Annual statistical returns and brief notes on vaccination in Bengal - 1887-1898
Year: 1887
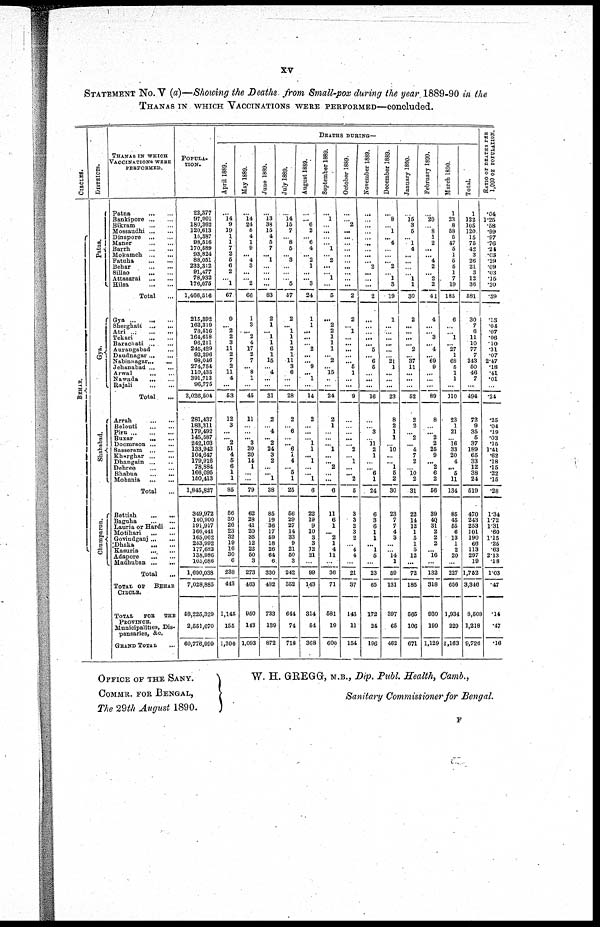
xv
STATEMENT No. V (a)—Showing the Deaths from Small-pox during the year 1889-90 in the
THANAS IN WHICH VACCINATIONS WERE PERFORMED—concluded.
CIRCLES.
BEHAR.
DISTRICTS.
Patna.
Gya.
Sha ha ba d.
Chumparun.
THANAS IN WHICH
VACCINATIONS WERE
PERFORMED.
Patna
...
...
Bankipore...
...
Bikram...
...
Mossaudhi...
...
Dinapore... ...
Maner...
...
Barrh... ...
Mokameh...
...
Fatuha...
...
Behar...
...
Sillao
...
...
Attasarai...
...
Hilsa...
...
Total ... ...
Gya...
...
Sherghati...
...
Atri...
...
...
Tekari...
...
Barachati...
...
Aurangabad... ...
Daudnagar...
...
Nabinnagar...
...
Jehanabad... ...
Arwal... ...
Nawada... ...
Rajali
...
...
Total...
Arrah...
...
Belouti...
...
Piru...
...
Buxar...
...
Doomraon... ...
Sasseram... ...
Kharghar...
...
Dhangain...
...
Dehree... ...
Bhabua...
...
Mohania...
...
Total...
Bettiah...
...
Beguha... ...
Lauria or Hardi... ...
Mohihari... ...
Govindganj... ...
Dhaka... ...
Kasuria... ...
Adapore Madhuban ...
Total...
TOTAL OF BEHAR
CIRCLE.
TOTAL FOR THE
PROVINCE.
Municipalities, Dis-
pansaries, &c.
GRAND TOTAL...
POPULA-
TION.
22,377
97,001
180,362
120,613
15,387
98,516
170,589
93,824
88,051
233,312
91,477
78,932
176,075
1,466,516
215,392
162,319
78,516
164,618
96,211
245,429
92,296
98,046
274,754
110,435
391,713
96,775
2,026,504
281,437
183,311
179,492
145,687
242,103
133,942
104,647
179,916
78,884
166,095
150,413
1,845,827
349,972
140,900
191,917
166,441
165,062
253,992
177,682
138,986
105,086
1,690,038
7,028,885
58,225,329
2,551,670
60,776,999
DEATHS DURING—
April 1889.
...
14
9
19
1
1
7
2
5
6
2
... 1
67
9
... 2
2
3
11
2
7
2
11
4
...
53
12
3
...
...
2
51
4
5
6
1
1
85
56
30
26
23
32
19
16
30
6
238
443
1,145
155
1,300
May 1889.
...
14
24
5
4
1
9
... 4
3
...
...
2
66
1
3
... 2
4
17
2
7
... 8
1
...
45
11
...
...
...
3
30
20
14
1
...
...
79
62
28
41
20
35
12
22
50
3
273
463
950
143
1,093
June 1889.
...
13
38
15
4
5
7
... 1
...
...
...
...
83
2
1
... 1
1
6
1
15
... 4
...
...
31
2
... 4
...
2
24
3
2
...
... 1
38
85
19
36
17
59
18
26
64
6
330
482
733
139
872
July 1889.
...
14
15
7
... 8
5
... 3
...
...
...
5
57
2
... 1
1
1
2
1
11
3
6
...
...
28
2
...
6
...
... 6
1
4
... 5
1
25
56
29
27
14
33
9
21
50
3
242
352
644
74
718
August 1889.
...
... 6
2
... 6
4
... 2
1
...
... 3
24
1
1
...
...
... 2
...
... 9
... 1
....
14
2
...
...
...
1
1
... 1
...
... 1
6
22
19
9
10
3
3
12
21
...
99
143
314
54
368
September 1889.
...
1
...
...
...
...
1
...
2
...
... 1
...
5
...
2
2
1
1
1
... 2
... 15
...
...
24
2
1
...
...
... 1
...
... 2
...
...
6
11
6
1
... 2
1
4
11
...
36
71
581
19
600
October 1889.
...
... 2
...
...
...
...
...
...
...
...
...
...
2
2
... 1
...
...
...
...
... 5
1
...
...
9
...
...
...
...
...
2 ...
1 ...
...
...
...
3
... 2
3
2
... 4
4
...
21
37
143
11
154
November 1889.
...
...
...
...
...
...
...
...
... 2
...
...
...
2
...
...
...
...
... 5
... 6
5
...
...
...
16
...
...
3
...
11
2
1
...
... 6
1
24
6
3
6
1
1
... 1
5
...
23
65
172
24
196
December 1889.
...
8
... 1
... 4
...
...
... 2
...
1
3
19
1
...
...
...
...
...
...
21
1
...
...
...
23
8
2
1
1
... 10
...
... 1
5
2
30
23
7
7
4
3
...
... 14
1
59
131
397
65
462
January 1890.
...
15
3
5
... 1
4
...
...
...
... 1
1
30
2
...
...
...
... 2
... 37
11
...
...
...
52
2
2
... 2
... 4
7
2
... 10
2
31
22
14
12
1
5
1
5
12
...
72
185
565
106
671
February 1890.
...
20
...
8
1
2
...
... 4
2
... 2
2
41
4
...
... 3
... 4
... 69
9
...
...
...
89
8
...
... 2
2
25
9
... 2
6
2
56
39
40
31
2
2
2
... 16
...
132
318
930
199
1,129
March 1890.
1
23
8
58
5
47
5
1
5
5
1
7
19
185
6
...
... 1
... 27
1
68
5
1
1
...
110
23
1
21
...
16
33
20
4
... 5
11
134
85
45
55
6
13
1
2
20
...
227
656
1,934
229
2,163
Total.
1
122
105
120
15
75
42
3
26
21
3
12
36
581
30
7
6
11
10
77
7
243
50
46
7
...
494
72
9
35
5
37
189
65
33
12
38
24
519
470
243
253
101
190
66
113
297
19
1,752
3,346
8,508
1,218
9,726
RATIO OF DEATHS PER
1,000 OF POPULATION.
.04
1.25
.58
.99
.97
.76
.24
.03
.29
.09
.03
.15
.20
.39
.13
.04
.07
.06
.10
.31
.07
2.47
.18
.41
.01
...
.24
.25
.04
.19
.03
.15
1.41
.62
.18
.15
.22
.15
.28
1.34
1.72
1.31
.60
1.15
.25
.63
2.13
.18
1.03
.47
.14
.47
.16
OFFICE OF THE SANY.
COMMR. FOR BENGAL,
The 29th August 1890.
W. H. GREGG, M.B., Dip. Publ. Health, Camb.,
Sanitary Commissioner for Bengal.
F